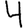
Digit: 4